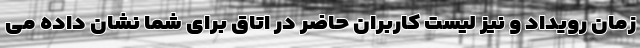
زمان رویداد و نیز لیست کاربران حاضر در اتاق برای شما نشان داده می